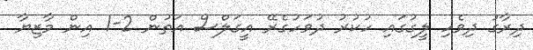
ދިރާގު ދިވެހި ލީގުގައި ހުކުރު ދުވަހުގެރޭ އީގަލްސް އަތުން 2-1 އިން މާޒިޔާ